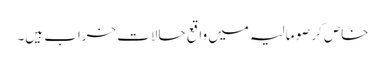
خاص کر صومالیہ میں واقع حالات خراب ہیں۔